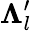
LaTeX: \mathbf\Lambda_{l}^{\prime}